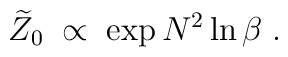
\widetilde{Z}_0\;\propto\;\exp N^2\ln\beta\;.